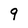
Character: 9